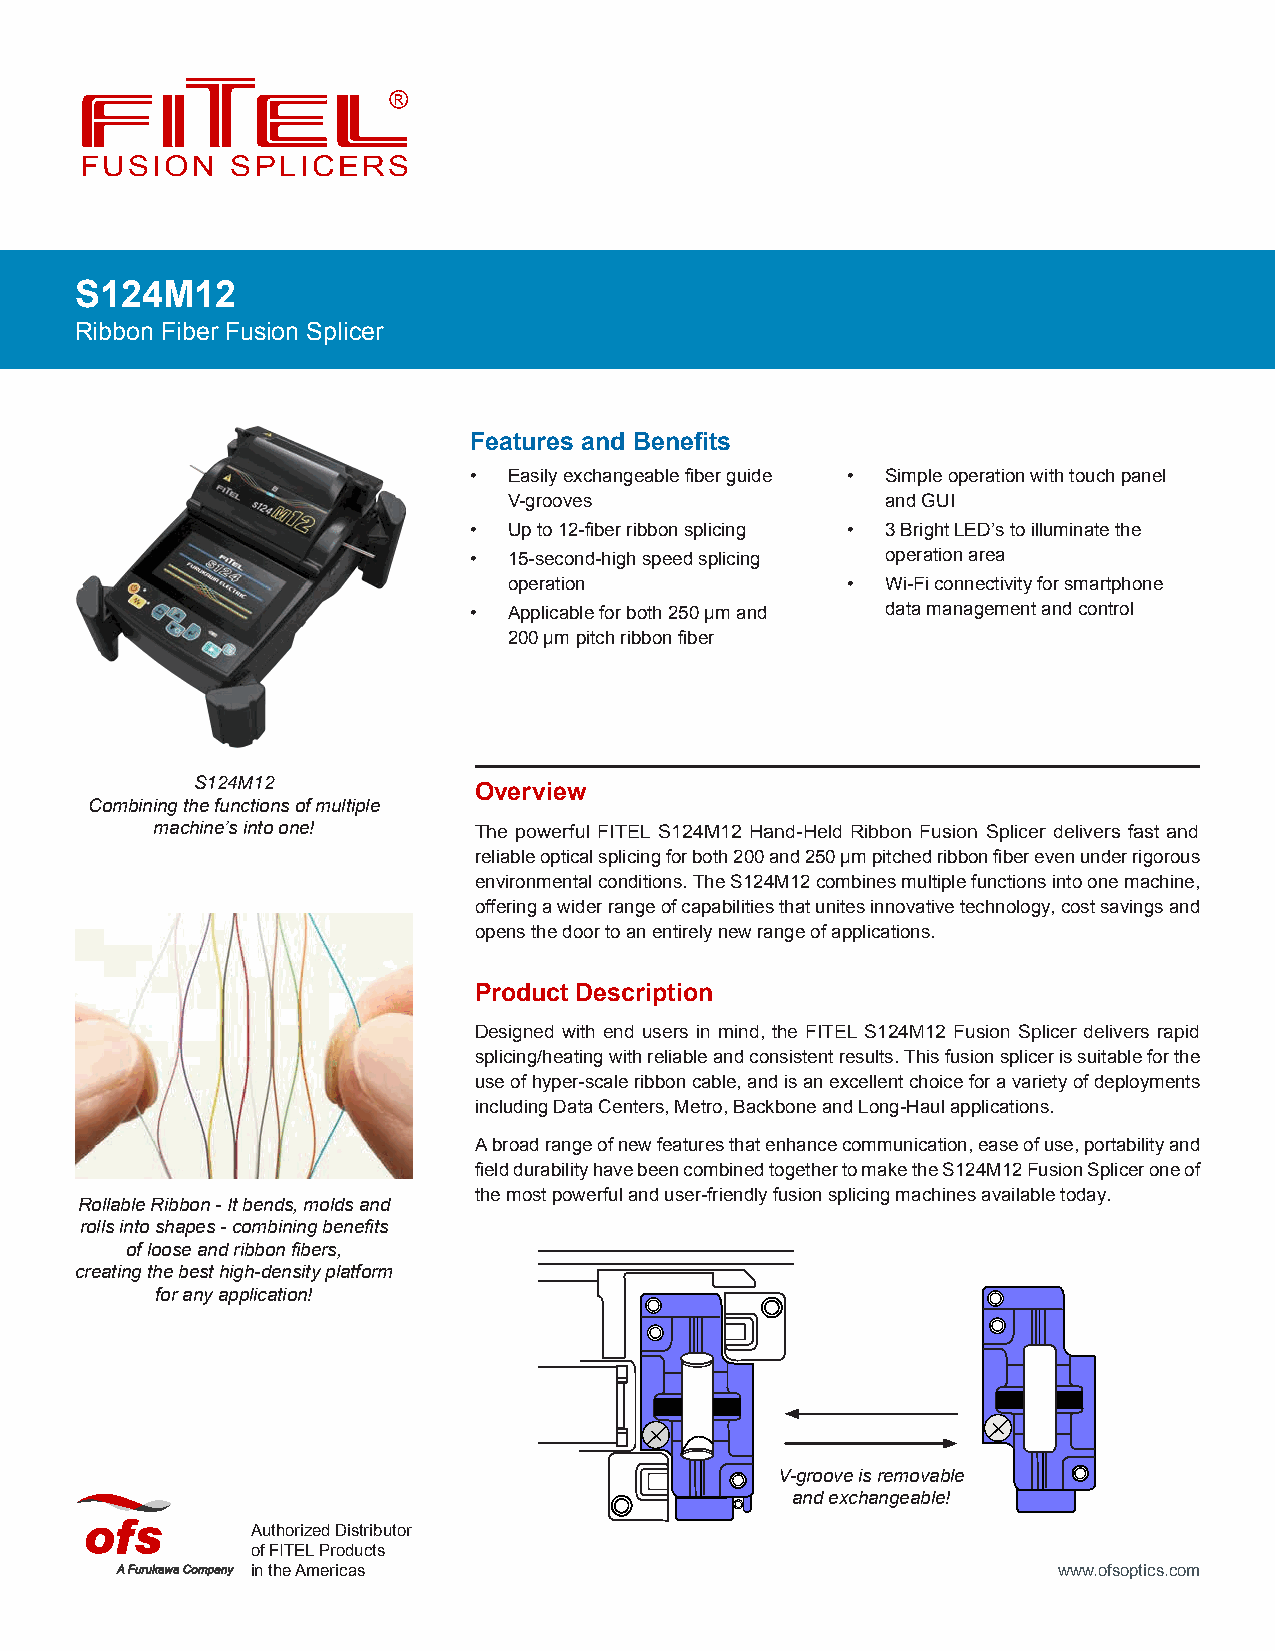
FUSION    SPLICERS
 S124M12
 Ribbon Fiber Fusion Splicer
 Features and Benefits
 •  Easily exchangeable fiber guide • Simple operation with touch panel
 V-grooves                and GUI
 •  Up to 12-fiber ribbon splicing • 3 Bright LED’s to illuminate the
 •  15-second-high speed splicing operation area
 operation             •  Wi-Fi connectivity for smartphone
 •  Applicable for both 250 µm and data management and control
 200 µm pitch ribbon fiber
 S124M12
 Overview
 Combining the functions of multiple
 machine’s into one!  The powerful FITEL S124M12 Hand-Held Ribbon Fusion Splicer delivers fast and
 reliable optical splicing for both 200 and 250 µm pitched ribbon fiber even under rigorous
 environmental conditions. The S124M12 combines multiple functions into one machine,
 offering a wider range of capabilities that unites innovative technology, cost savings and
 opens the door to an entirely new range of applications.
 Product Description
 Designed with end users in mind, the FITEL S124M12 Fusion Splicer delivers rapid
 splicing/heating with reliable and consistent results. This fusion splicer is suitable for the
 use of hyper-scale ribbon cable, and is an excellent choice for a variety of deployments
 including Data Centers, Metro, Backbone and Long-Haul applications.
 A broad range of new features that enhance communication, ease of use, portability and
 field durability have been combined together to make the S124M12 Fusion Splicer one of
 the most powerful and user-friendly fusion splicing machines available today.
 Rollable Ribbon - It bends, molds and
 rolls into shapes - combining benefits
 of loose and ribbon fibers,
 creating the best high-density platform
 for any application!
 V-groove is removable
 and exchangeable!
 Authorized Distributor
 of FITEL Products
 in the Americas                                      www.ofsoptics.com